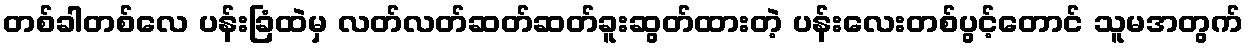
တစ်ခါတစ်လေ ပန်းခြံထဲမှ လတ်လတ်ဆတ်ဆတ်ခူးဆွတ်ထားတဲ့ ပန်းလေးတစ်ပွင့်တောင် သူမအတွက်